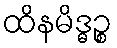
ထိနမိဒ္ဓဉ္စ